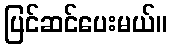
ပြင်ဆင်ပေးမယ်။